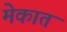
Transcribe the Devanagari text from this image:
मेकात